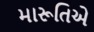
મારૂતિએ